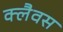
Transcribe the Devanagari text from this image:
क्लैवस